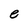
Character: e